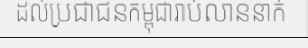
ដល់ប្រជាជនកម្ពុជារាប់លាននាក់